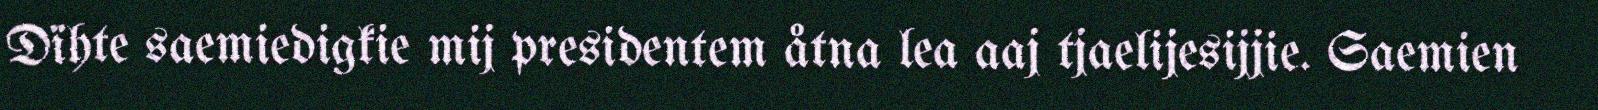
Dïhte saemiedigkie mij presidentem åtna lea aaj tjaelijesijjie. Saemien